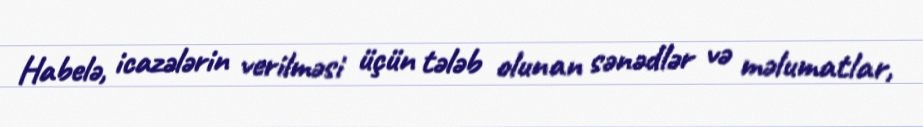
Habelə, icazələrin verilməsi üçün tələb olunan sənədlər və məlumatlar,